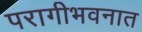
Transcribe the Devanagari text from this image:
परागीभवनात